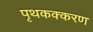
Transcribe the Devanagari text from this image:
पृथकक्करण